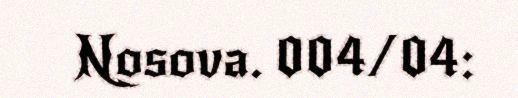
Nosova. 004/04: